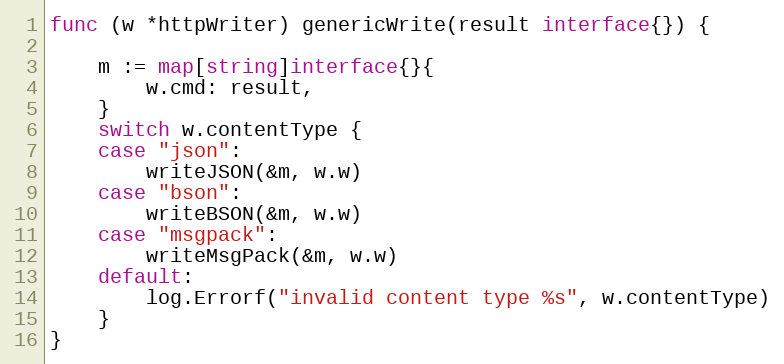
Language: Go
func (w *httpWriter) genericWrite(result interface{}) {

	m := map[string]interface{}{
		w.cmd: result,
	}
	switch w.contentType {
	case "json":
		writeJSON(&m, w.w)
	case "bson":
		writeBSON(&m, w.w)
	case "msgpack":
		writeMsgPack(&m, w.w)
	default:
		log.Errorf("invalid content type %s", w.contentType)
	}
}